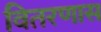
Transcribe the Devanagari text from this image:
वितरणास